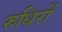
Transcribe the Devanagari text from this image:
रुधिरों